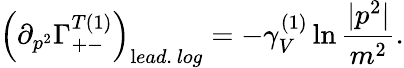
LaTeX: \left(\partial_{p^{2}}\Gamma_{+-}^{T(1)}\right)_{\mathrm lead.\ log}=-\gamma_{V}^{(1)}\ln\frac{|p^{2}|}{m^{2}}.